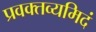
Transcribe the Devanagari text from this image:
प्रवक्तव्यमिदं